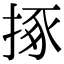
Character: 㧻